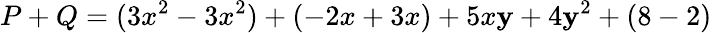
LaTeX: P+Q=(3x^{2}-3x^{2})+(-2x+3x)+5x\mathbf{y}+4\mathbf{y}^{2}+(8-2)